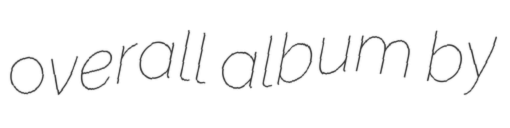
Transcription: overall album by